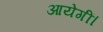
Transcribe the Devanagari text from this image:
आयेगीं।